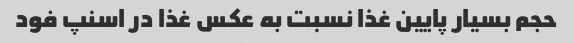
حجم بسیار پایین غذا نسبت به عکس غذا در اسنپ فود